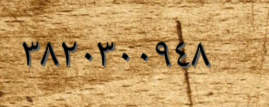
٣٨٢٠٣٠٠٩٤٨